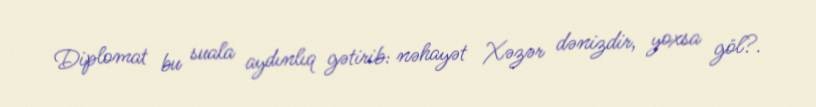
Diplomat bu suala aydınlıq gətirib: nəhayət Xəzər dənizdir, yoxsa göl?.